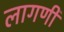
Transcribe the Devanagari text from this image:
लागणी